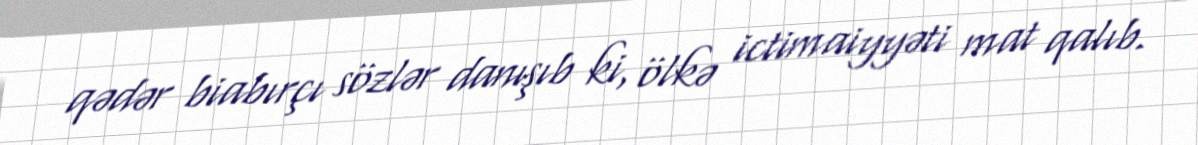
qədər biabırçı sözlər danışıb ki, ölkə ictimaiyyəti mat qalıb.